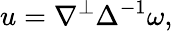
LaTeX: u=\nabla^{\perp}\Delta^{-1}\omega,